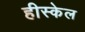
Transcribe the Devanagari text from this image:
हीस्केल